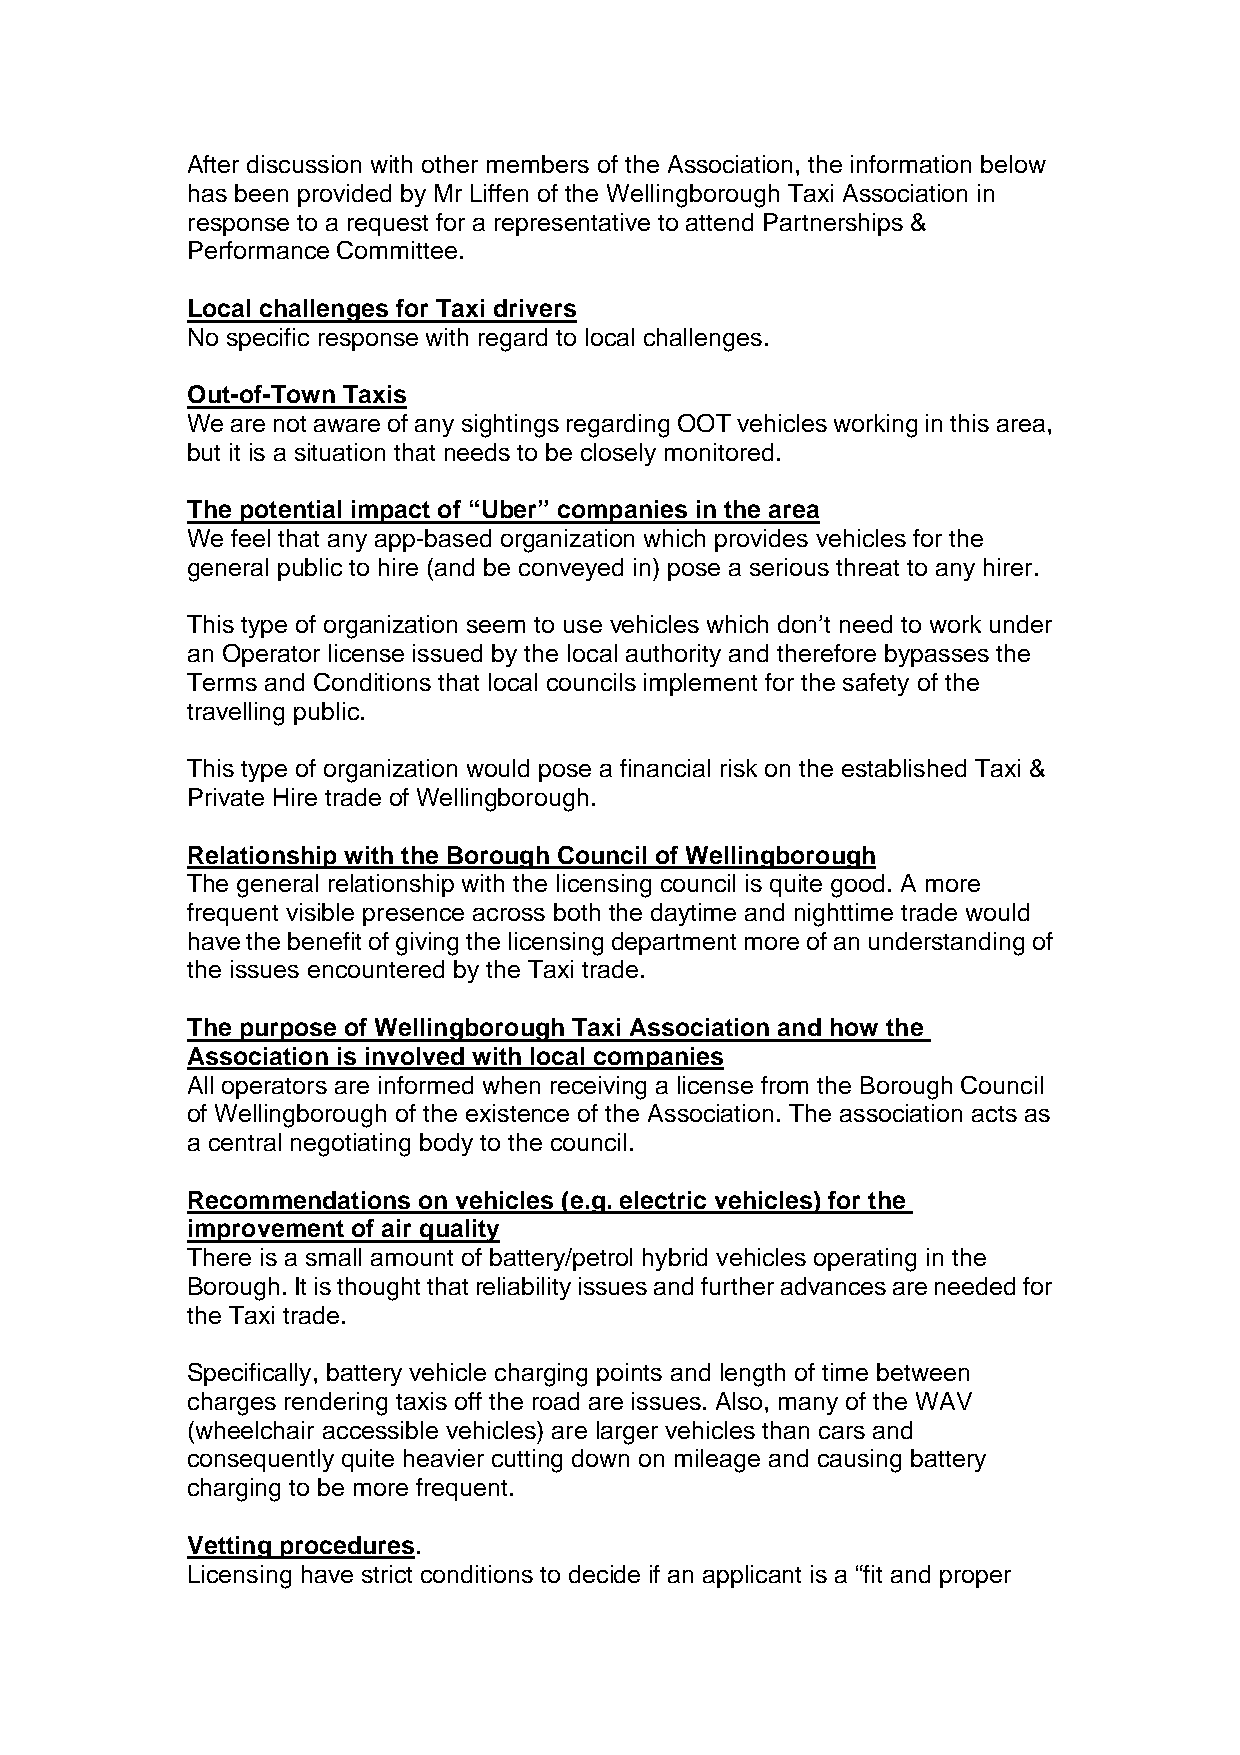
After discussion with other members of the Association, the information below
 has been provided by Mr Liffen of the Wellingborough Taxi Association in
 response to a request for a representative to attend Partnerships &
 Performance Committee.
 Local challenges for Taxi drivers
 No specific response with regard to local challenges.
 Out-of-Town Taxis
 We are not aware of any sightings regarding OOT vehicles working in this area,
 but it is a situation that needs to be closely monitored.
 The potential impact of “Uber” companies in the area
 We feel that any app-based organization which provides vehicles for the
 general public to hire (and be conveyed in) pose a serious threat to any hirer.
 This type of organization seem to use vehicles which don’t need to work under
 an Operator license issued by the local authority and therefore bypasses the
 Terms and Conditions that local councils implement for the safety of the
 travelling public.
 This type of organization would pose a financial risk on the established Taxi &
 Private Hire trade of Wellingborough.
 Relationship with the Borough Council of Wellingborough
 The general relationship with the licensing council is quite good. A more
 frequent visible presence across both the daytime and nighttime trade would
 have the benefit of giving the licensing department more of an understanding of
 the issues encountered by the Taxi trade.
 The purpose of Wellingborough Taxi Association and how the
 Association is involved with local companies
 All operators are informed when receiving a license from the Borough Council
 of Wellingborough of the existence of the Association. The association acts as
 a central negotiating body to the council.
 Recommendations on vehicles (e.g. electric vehicles) for the
 improvement of air quality
 There is a small amount of battery/petrol hybrid vehicles operating in the
 Borough. It is thought that reliability issues and further advances are needed for
 the Taxi trade.
 Specifically, battery vehicle charging points and length of time between
 charges rendering taxis off the road are issues. Also, many of the WAV
 (wheelchair accessible vehicles) are larger vehicles than cars and
 consequently quite heavier cutting down on mileage and causing battery
 charging to be more frequent.
 Vetting procedures.
 Licensing have strict conditions to decide if an applicant is a “fit and proper